Vaccination in Bombay 1863-1868 - 1863-1868
Year: 1863
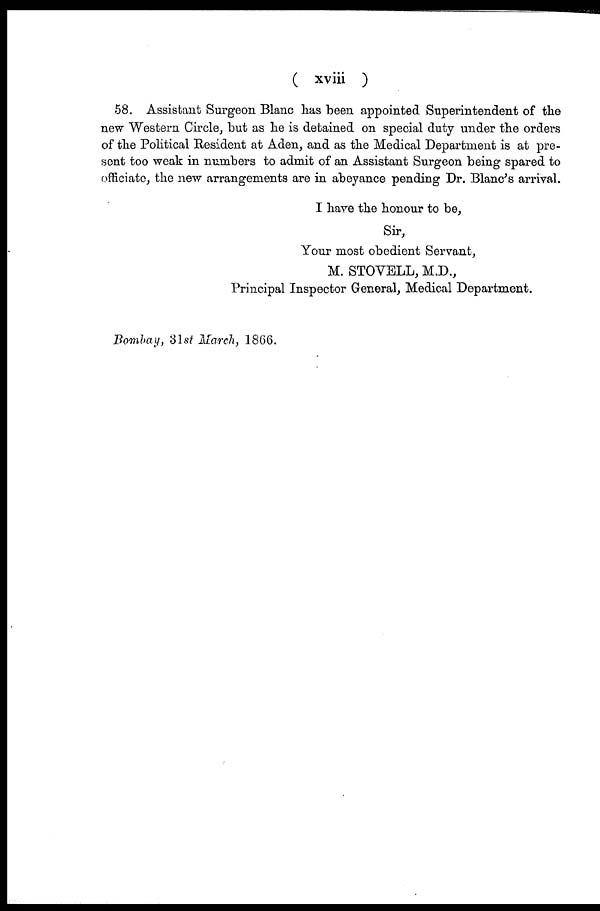
( xviii )
58. Assistant Surgeon Blanc has been appointed Superintendent of the
new Western Circle, but as he is detained on special duty under the orders
of the Political Resident at Aden, and as the Medical Department is at pre-
sent too weak in numbers to admit of an Assistant Surgeon being spared to
officiate, the new arrangements are in abeyance pending Dr. Blanc's arrival.
I have the honour to be,
Sir,
Your most obedient Servant,
M. STOVELL, M.D.,
Principal Inspector General, Medical Department.
Bombay, 31st March, 1866.